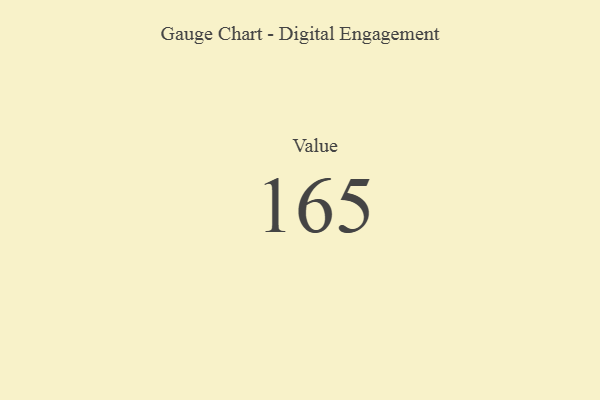
{"axis": {"x": "Metric", "y": "Value"}, "legend": [""], "data": [{"x": "Value", "y": 165, "type": ""}]}